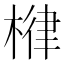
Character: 𣕖